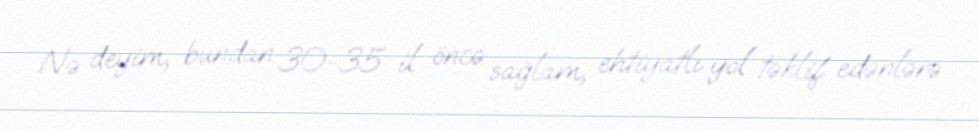
Nə deyim, bundan 30-35 il öncə sağlam, ehtiyatlı yol təklif edənlərə